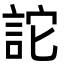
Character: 詑